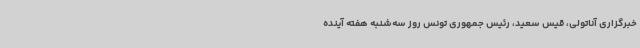
خبرگزاری آناتولی، قیس سعید، رئیس جمهوری تونس روز سه‌شنبه هفته آینده